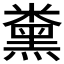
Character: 𱹛